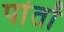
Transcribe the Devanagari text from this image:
पांतों